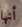
أنها